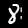
Digit: 8